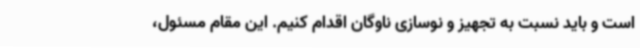
است و باید نسبت به تجهیز و نوسازی ناوگان اقدام کنیم. این مقام مسئول،